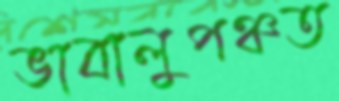
ভাবালুপঞ্চত